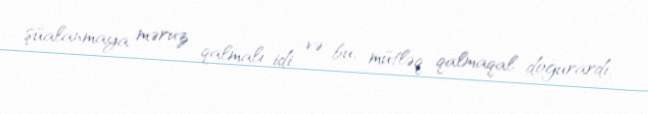
şüalanmaya məruz qalmalı idi və bu, mütləq qalmaqal doğurardı.